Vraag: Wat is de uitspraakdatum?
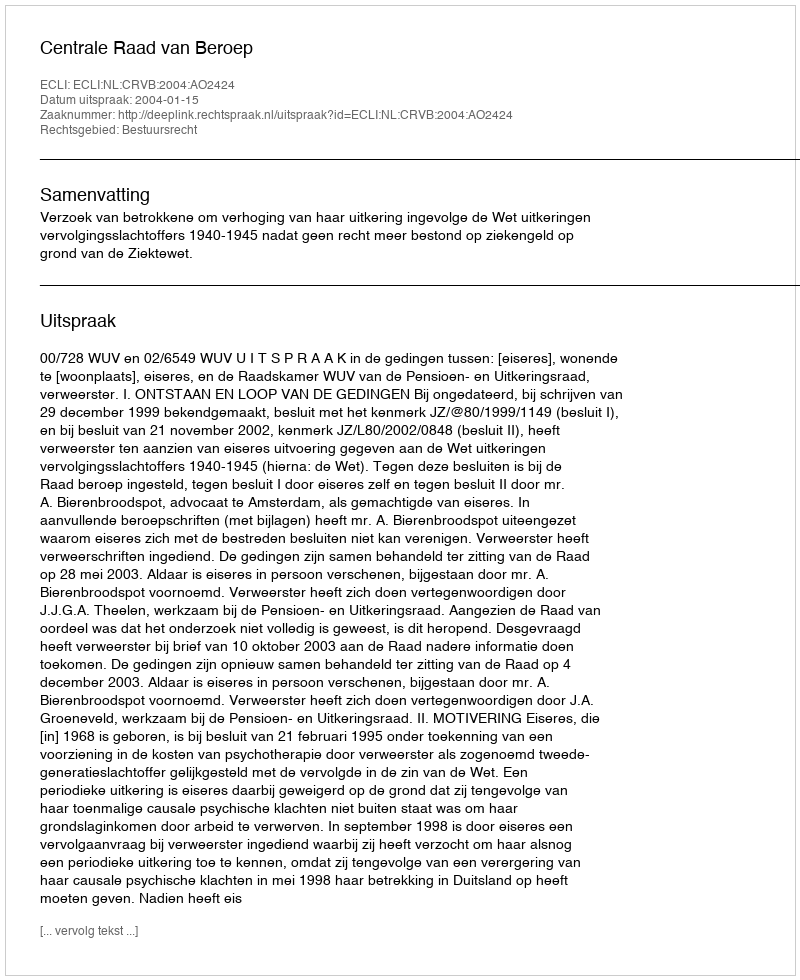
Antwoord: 2004-01-15